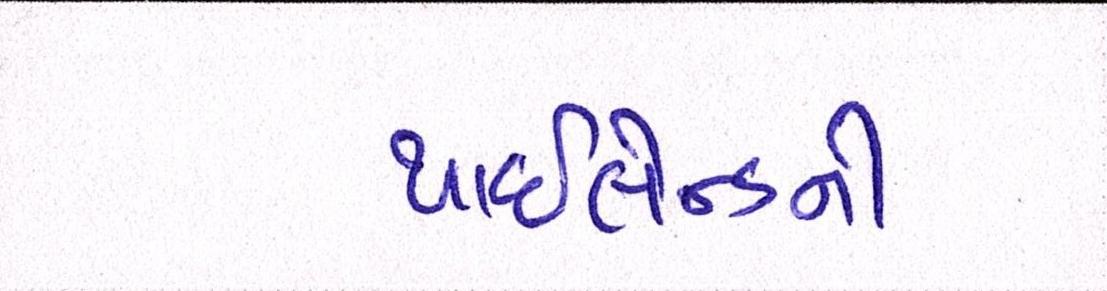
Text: થાઇલેન્ડની